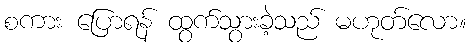
စကား ပြောရန် ထွက်သွားခဲ့သည် မဟုတ်လော။